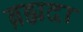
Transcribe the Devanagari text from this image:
ब्रह्मदा